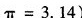
$$π = 3 . 1 4 $$)